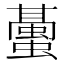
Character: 𧒤